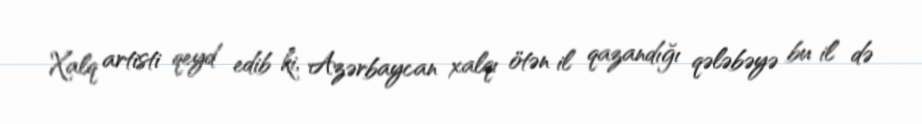
Xalq artisti qeyd edib ki, Azərbaycan xalqı ötən il qazandığı qələbəyə bu il də